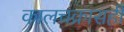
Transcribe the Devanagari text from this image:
कालचक्रासही